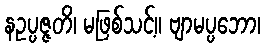
နဥပ္ပဇ္ဇတိ၊ မဖြစ်သင့်။ ဗျာမပ္ပဘော၊